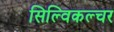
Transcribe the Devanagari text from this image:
सिल्विकल्चर